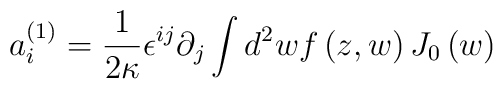
a^{\left(1\right)}_{i} = \frac{1}{2\kappa}\epsilon^{ij}\partial_{j}\int d^{2}w f\left(z,w\right)J_{0}\left(w\right)